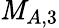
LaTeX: \mathit{M}_{A,3}